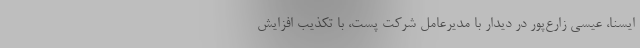
ایسنا، عیسی زارع‌پور در دیدار با مدیرعامل شرکت پست، با تکذیب افزایش